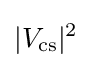
|V_{\text{cs}}|^{2}